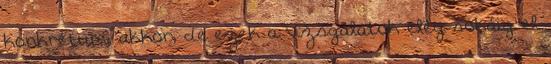
konkrétum, akkor, de ezek a vizsgálatok elég sokáig el